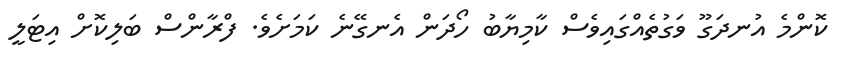
ކޮންމެ އުނދަގޫ ވަގުތެއްގައިވެސް ކާމިޔާބު ހޯދަން އެނގޭނެ ކަމަށެވެ. ފްރާންސް ބަލިކޮށް އިޓަލީ